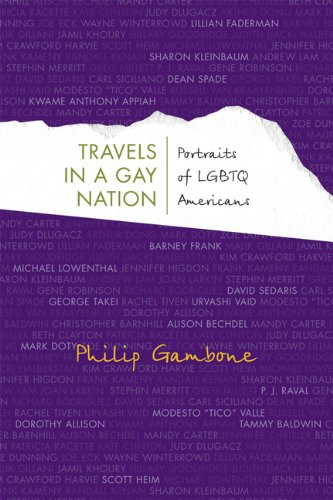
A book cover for Travels in a Gay Nation: Portraits of LGBTQ Americans (Living Out: Gay and Lesbian Autobiog); Philip Gambone; Gay & Lesbian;